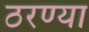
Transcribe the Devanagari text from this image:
ठरण्या